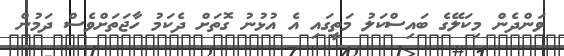
ވަންދެން މިކަލޭގެ ބައިސްކަލު މަތީގައި އެ އުޅުނު ގޮތަށް ދެކަމު ހާޖަތަށްވެސް ދަމުން